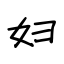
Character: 妇